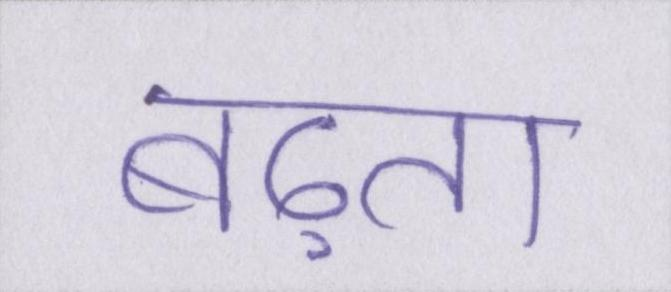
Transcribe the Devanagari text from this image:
बढ़ता